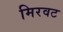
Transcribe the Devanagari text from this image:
मिरवट